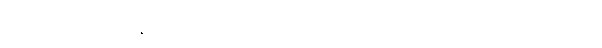
စာဆိုရှိသည် မောင်နှမများက ဝင်ရောက်ယှဉ်ပြိုင်ခဲ့ခြင်း ချက်ပြုတ်ပေးသည် အချိန်များကို